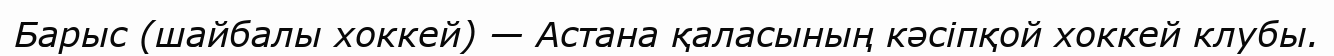
Барыс (шайбалы хоккей) — Астана қаласының кәсіпқой хоккей клубы.